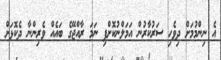
އެ ނިންމުމަށް ދިވެހި ސަރުކާރުން އަމަލްނުކޮށްފި ނަމަ ރާއްޖޭގެ ބައެއް ވެރިންނާ ދެކޮޅަށް